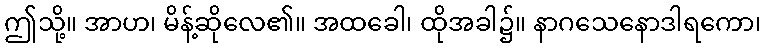
ဤသို့။ အာဟ၊ မိန့်ဆိုလေ၏။ အထခေါ၊ ထိုအခါ၌။ နာဂသေနောဒါရကော၊